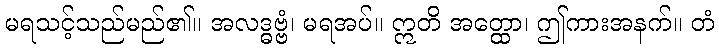
မရသင့်သည်မည်၏။ အလဒ္ဓဗ္ဗံ၊ မရအပ်။ ဣတိ အတ္ထော၊ ဤကားအနက်။ တံ